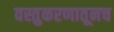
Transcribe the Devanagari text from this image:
वस्तुकरणातूनच